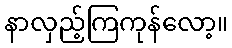
နာလှည့်ကြကုန်လော့။